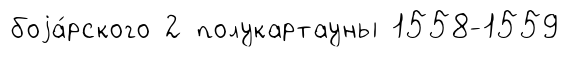
боjа́рского 2 полукартауны 1558-1559